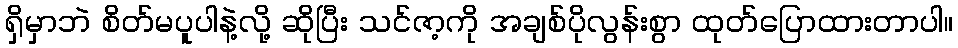
ရှိမှာဘဲ စိတ်မပူပါနဲ့လို့ ဆိုပြီး သင်ဇာ့ကို အချစ်ပိုလွန်းစွာ ထုတ်ပြောထားတာပါ။